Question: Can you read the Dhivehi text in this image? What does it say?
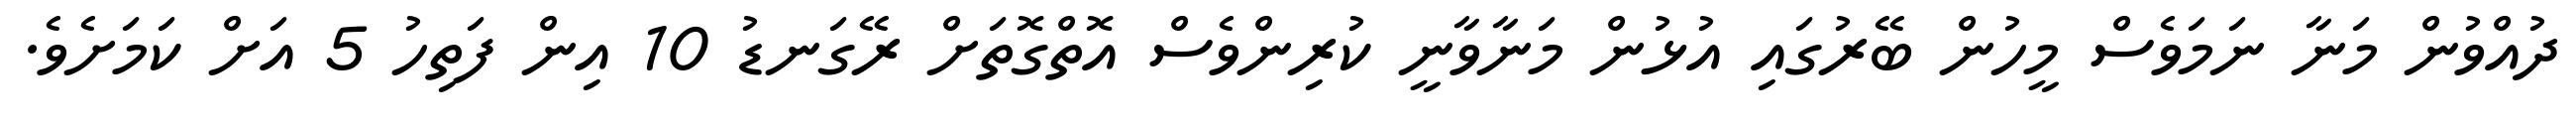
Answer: ދުއްވުން މަނާ ނަމަވެސް މީހުން ބޭރުގައި އުޅުން މަނާވާނީ ކުރިންވެސް އޮތްގޮތަށް ރޭގަނޑު 10 އިން ފަތިހު 5 އަށް ކަމަށެވެ.